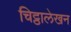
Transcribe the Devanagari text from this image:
चिट्ठालेखन